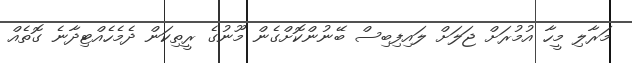
މަރާލި މީހާ އުމުރަށް ޖަލަށް ލައިފިބިސް ބޭނުންކޮށްގެން މޫނުގެ ރީތިކަން ދެމެހެއްޓިދާނެ ގޮތެއް